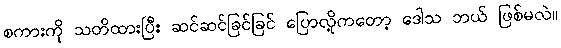
စကားကို သတိထားပြီး ဆင်ဆင်ခြင်ခြင် ပြောလို့ကတော့ ဒေါသ ဘယ် ဖြစ်မလဲ။